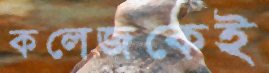
কলেজকেই